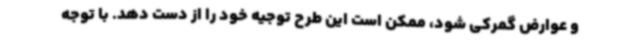
و عوارض گمرکی شود، ممکن است این طرح توجیه خود را از دست دهد. با توجه